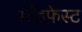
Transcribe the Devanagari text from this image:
स्टँडफेस्ट